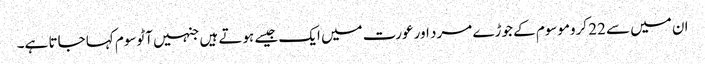
ان میں سے 22 کروموسوم کے جوڑے مرد اور عورت میں ایک جیسے ہوتے ہیں جنہیں آٹوسوم کہا جاتا ہے۔